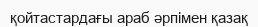
қойтастардағы араб әрпімен қазақ